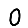
Digit: 0